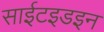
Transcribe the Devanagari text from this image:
साईटइडइन